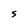
Character: S